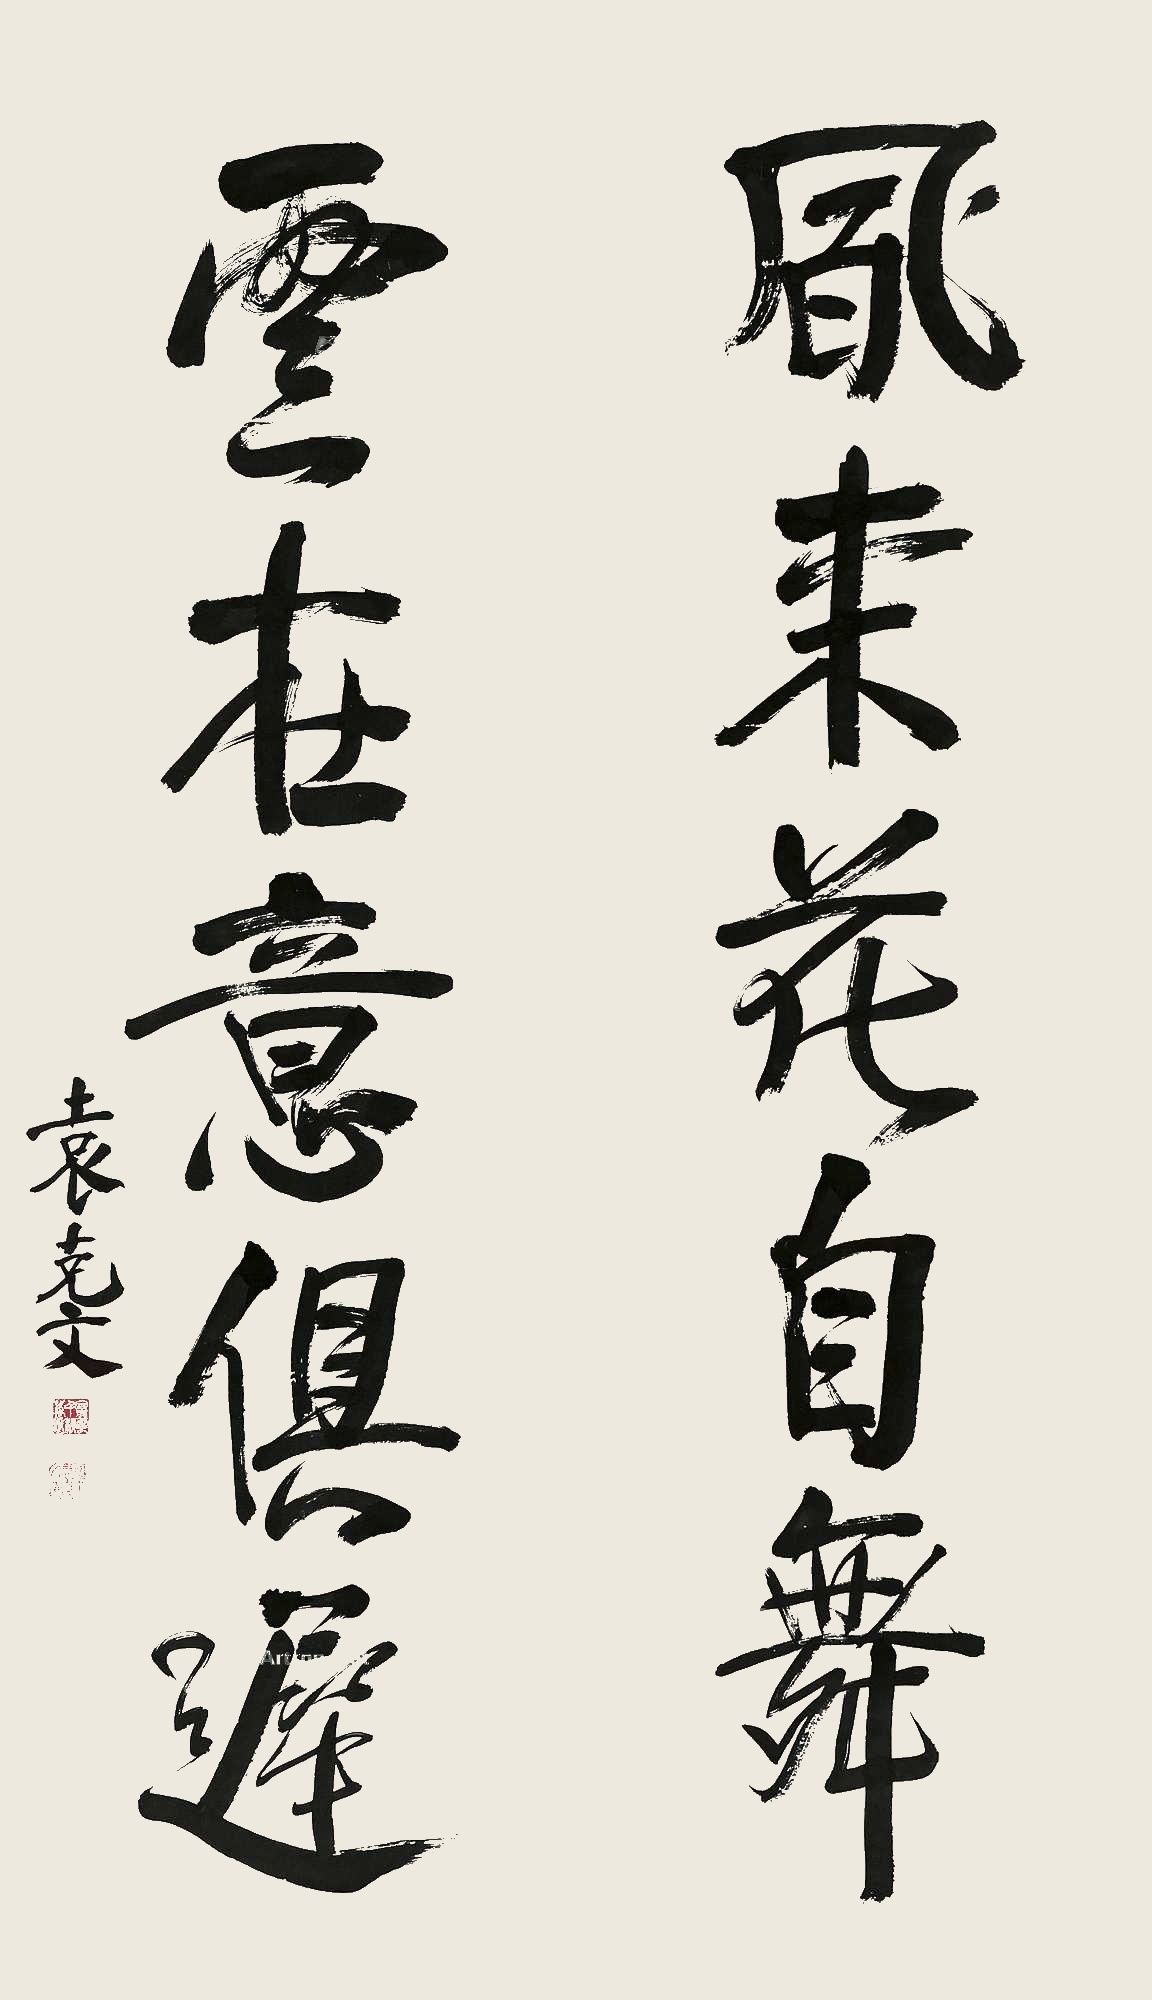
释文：风来花自舞，云在意俱迟。袁克文。